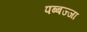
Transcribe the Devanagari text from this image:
पब्बज्जा